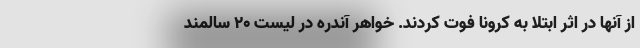
از آنها در اثر ابتلا به کرونا فوت کردند. خواهر آندره در لیست 20 سالمند